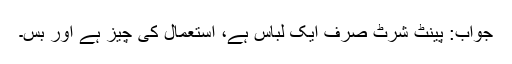
جواب: پینٹ شرٹ صرف ایک لباس ہے، استعمال کی چیز ہے اور بس۔